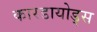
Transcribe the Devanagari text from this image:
कारडायोड्स